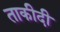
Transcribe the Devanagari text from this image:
ताकीदी